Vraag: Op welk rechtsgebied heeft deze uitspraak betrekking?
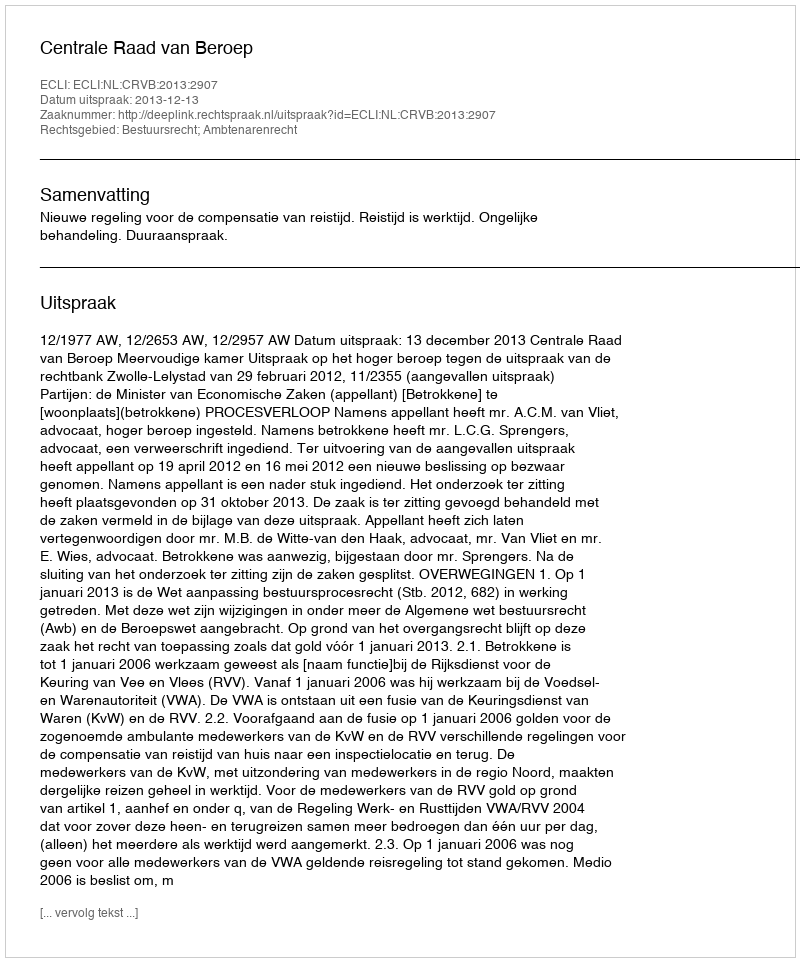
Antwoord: Bestuursrecht; Ambtenarenrecht